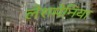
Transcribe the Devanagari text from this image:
लेशमेनिया